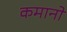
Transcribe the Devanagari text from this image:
कमानो